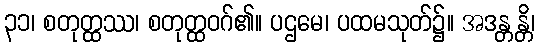
၃၁၊ စတုတ္ထဿ၊ စတုတ္ထဝဂ်၏။ ပဌမေ၊ ပထမသုတ်၌။ အဒန္တန္တိ၊